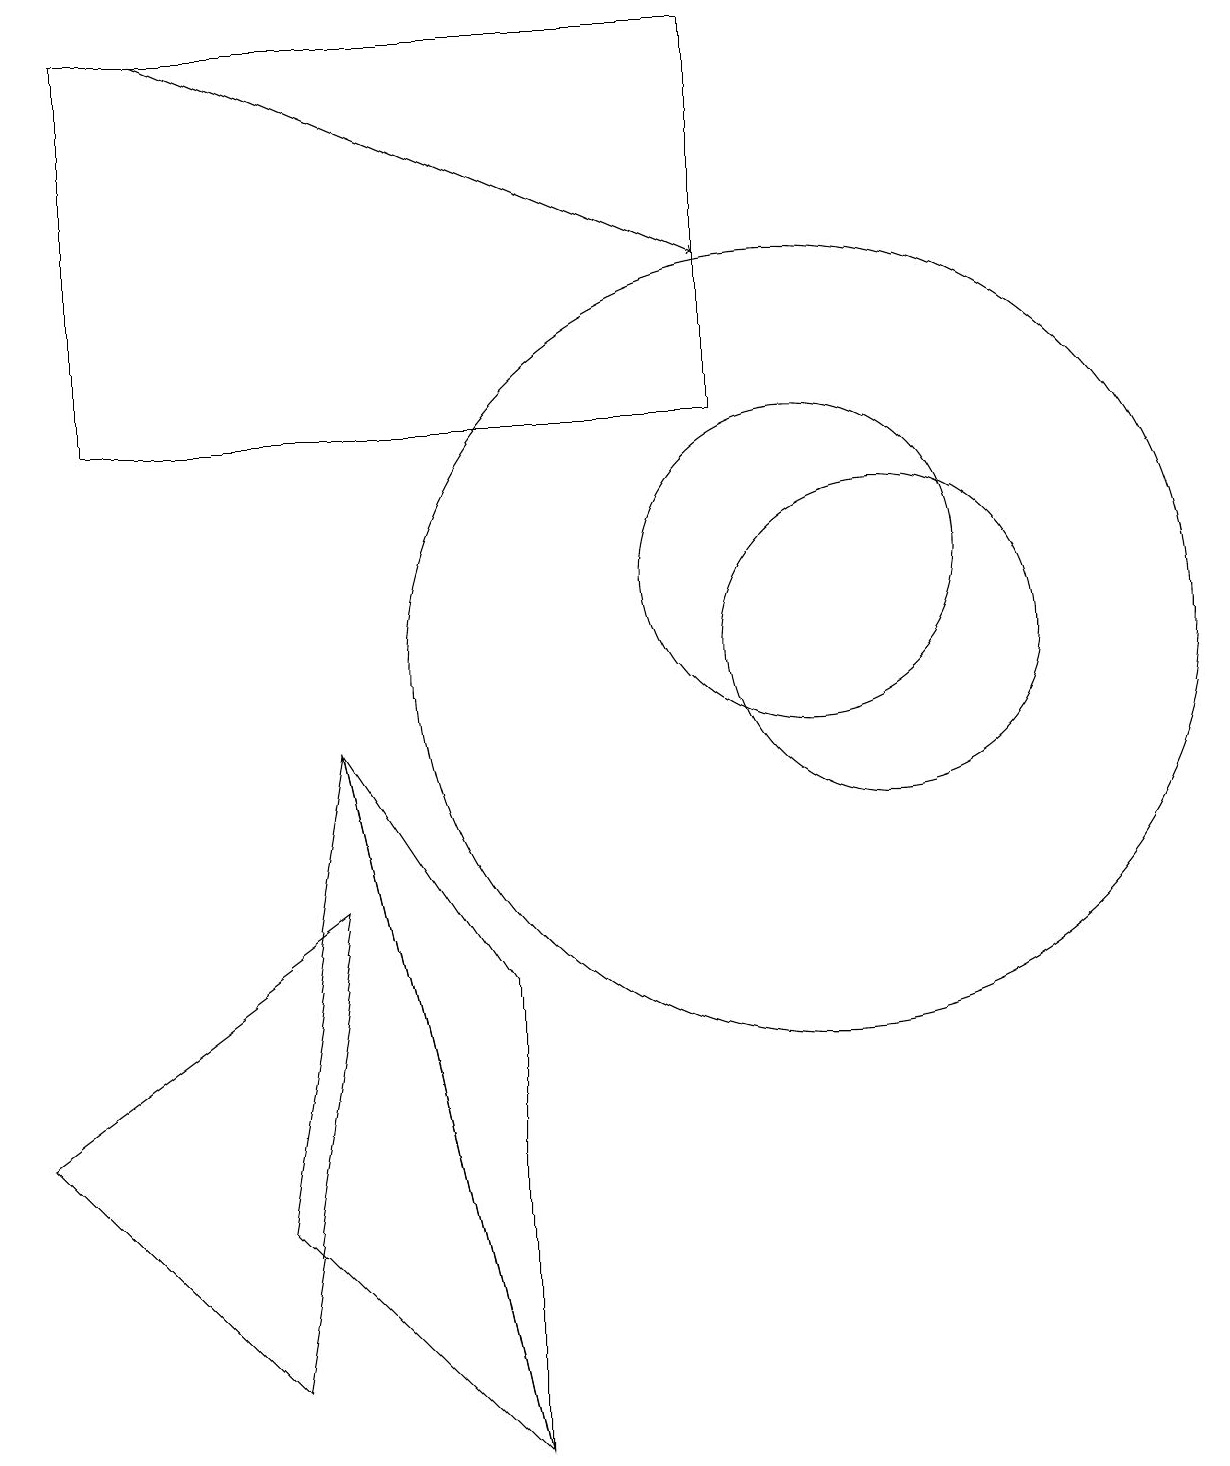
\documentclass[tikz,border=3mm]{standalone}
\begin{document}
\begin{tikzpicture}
\draw (1,18) rectangle (9,13);
\draw (11,10) circle (2);
\draw[->] (2,18) -- (9,15);
\draw (10,10) circle (5);
\draw (10,11) circle (2);
\draw (6,0) -- (3,3) -- (4,9) -- cycle;
\draw (4,9) -- (6,6) -- (6,0) -- cycle;
\draw (4,7) -- (0,4) -- (3,1) -- cycle;
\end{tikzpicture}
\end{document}